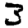
Digit: 3